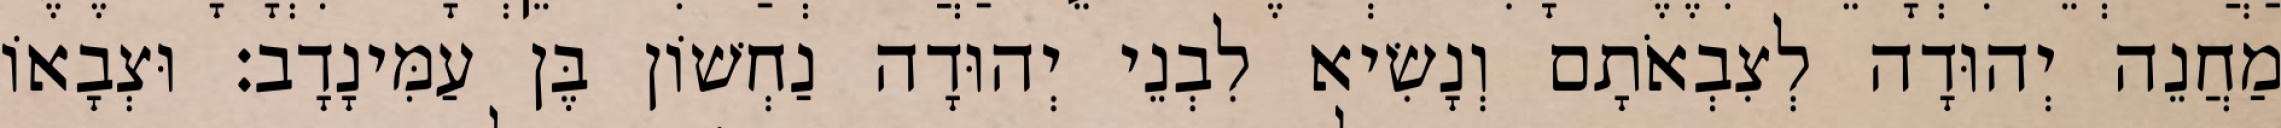
מַחֲנֵה יְהוּדָה לְצִבְאֹתָם וְנָשִׂיא לִבְנֵי יְהוּדָה נַחְשׁוֹן בֶּן עַמִּינָדָב׃ וּצְבָאוֹ